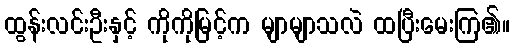
ထွန်းလင်းဦးနှင့် ကိုကိုမြင့်က မျာမျာသလဲ ထပြီးမေးကြ၏။